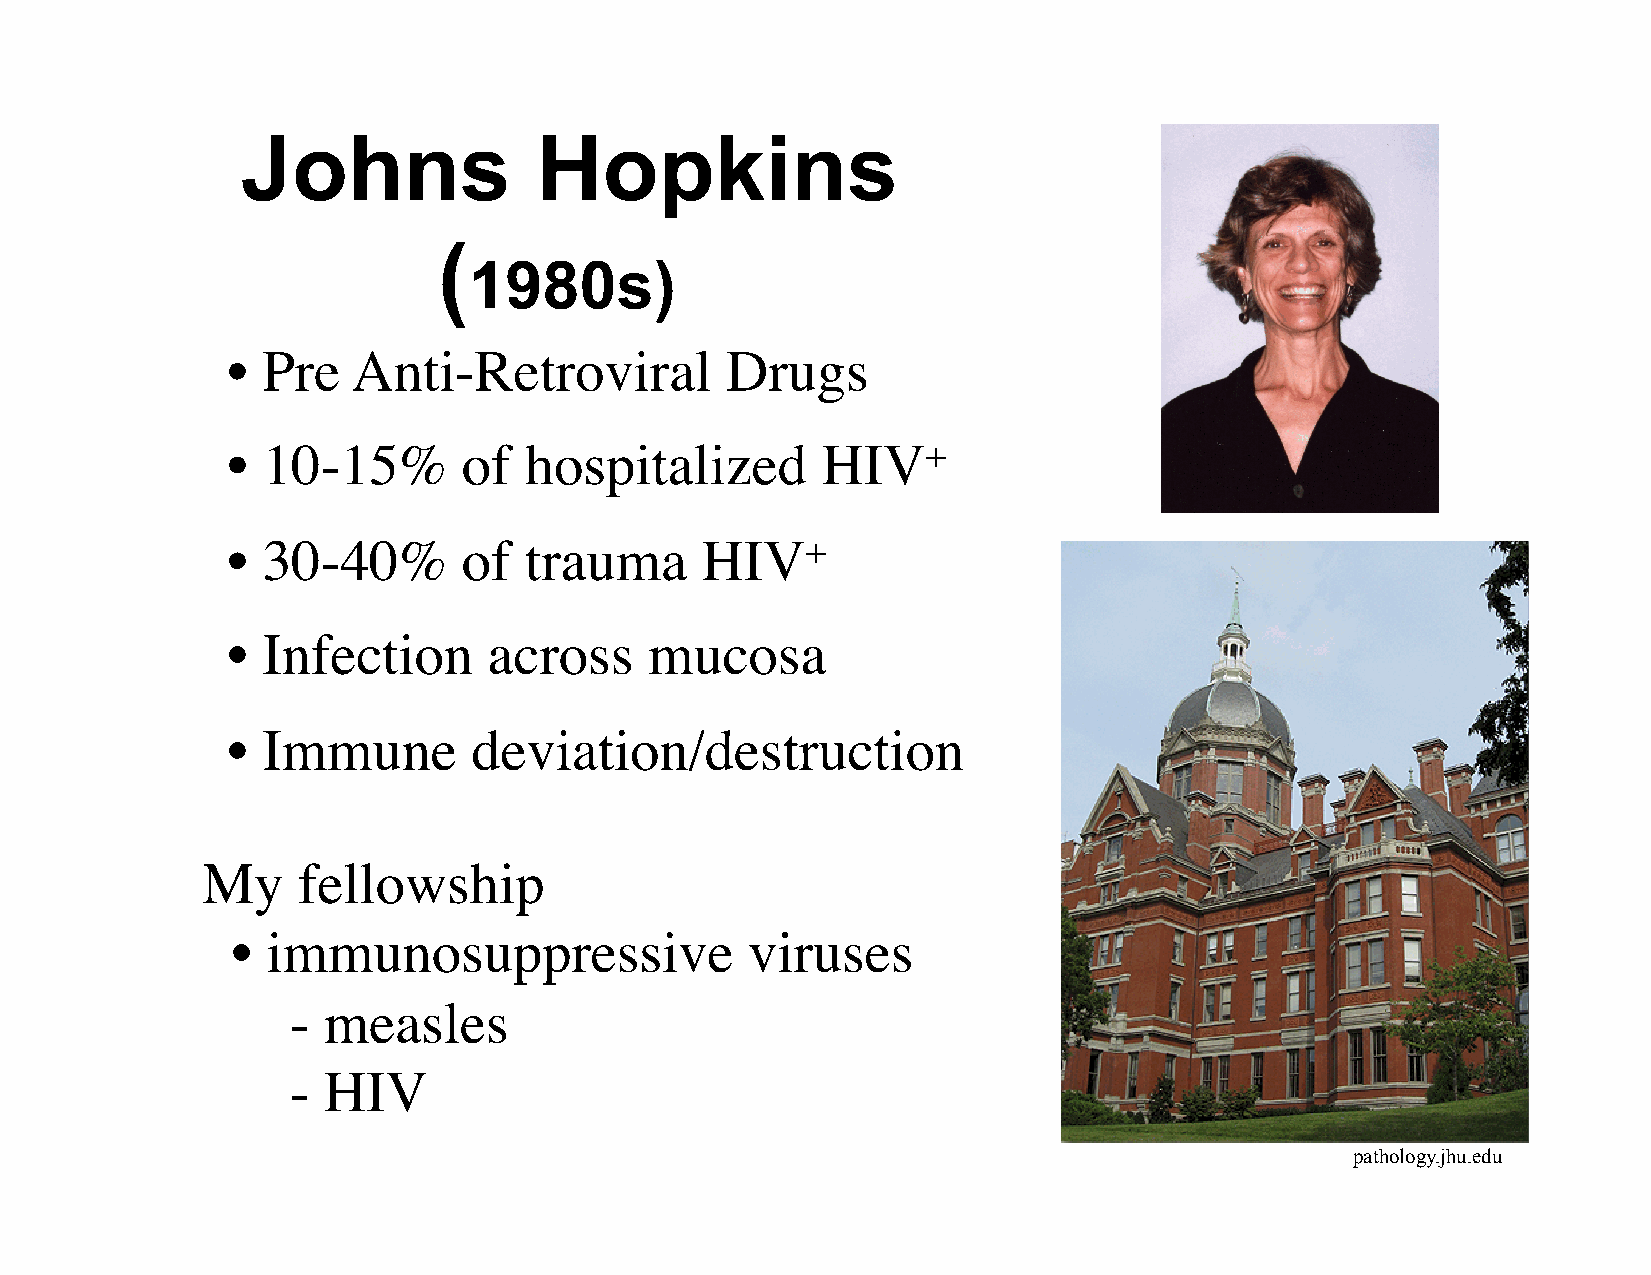
Johns              Hopkins
 (
 1980s)
 • Pre   Anti-Retroviral          Drugs
 • 10-15%        of  hospitalized       HIV+
 • 30-40%        of  trauma     HIV+
 • Infection      across     mucosa
 • Immune        deviation/destruction
 My     fellowship
 •  immunosuppressive              viruses
 - measles
 - HIV
 pathology.jhu.edu